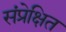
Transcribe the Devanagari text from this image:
संप्रेक्षित